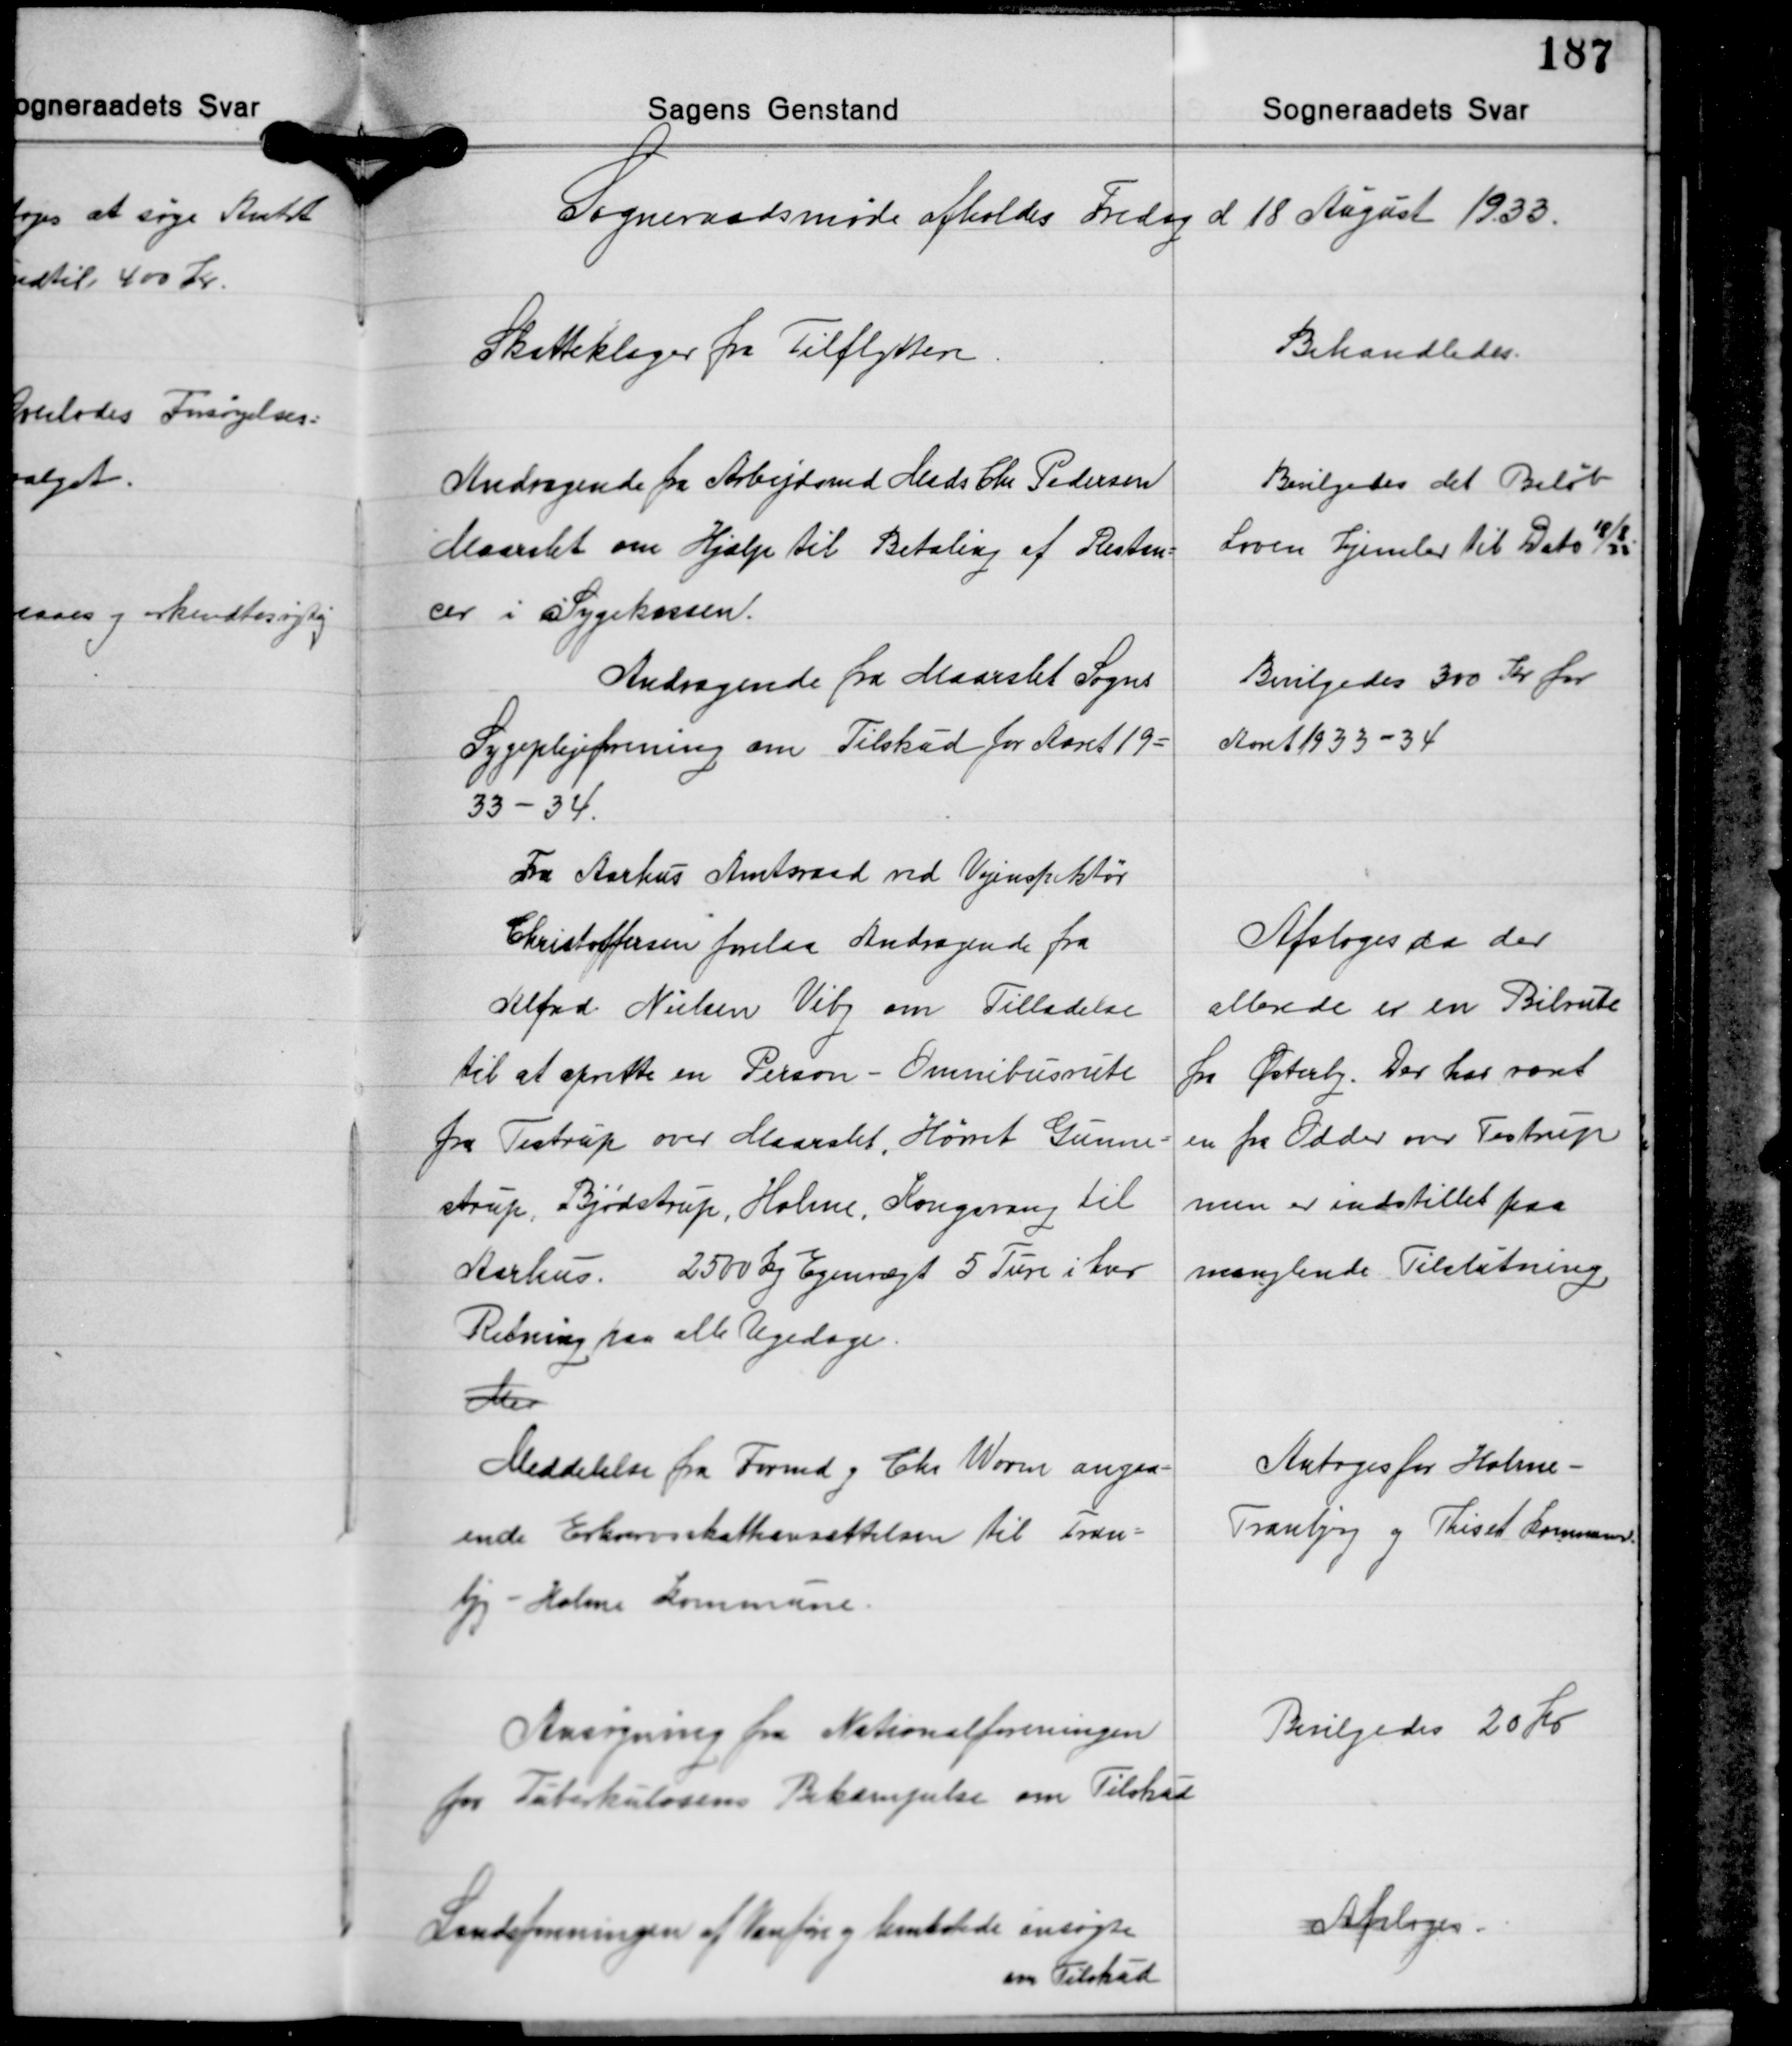
Transskription:
Sogneraadsmøde afholdes Fredag d 18 August 1933.

Skatteklager fra Tilflyttere

Behandledes.

Andragende fra Arbejdsmd. Mads Chr. Pedersen
Maarslet om Hjælp til Betaling af Restan-
cer i Sygekassen.

Bevilgedes det Beløb
Loven hjemler til Dato 33
18/8

Andragende fra Maarslet Sogns
Sygeplejeforening om Tilskud for Aaret 19-
33-34.

Bevilgedes 300 Kr. for
Aaret 1933-34

Fra Aarhus Amtsraad ved Vejinspektør
Christoffersen forelaa Andragende fra
Alfred Nielsen Viby om Tilladelse
til at oprette en Person - Omnibusrute
fra Testrup over Maarslet, Hørret Gunne-
strup, Bjødstrup, Holme, Kongsvang til
Aarhus. 2500 kg Egenvægt 5 Ture i hver
Retning paa alle Ugedage.
Mer

Afsloges da der
allerede er en Bilrute
fra Østerby. Der har været
en fra Odder over Testrup
men er indstillet paa
manglende Tilstutning

Antoges for Holme-
Tranbjeg og Thiset Kommuner

Meddelelse fra Formd. og Chr. Worm angaa-
ende Erhvervsskatteansættelsen til Tran-
bjrg - Holme Kommune.

Ansøgning fra Nationalforeningen
for Tuberkulosens Bekæmpelse om Tilskud

Bevilgedes 20 Kr.

Landsforeningen af Vanføre og lemlæstede ansøgte
om Tilskud

Afsloges.